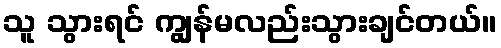
သူ သွားရင် ကျွန်မလည်းသွားချင်တယ်။